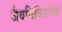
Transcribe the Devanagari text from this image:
जैवविविधतेला